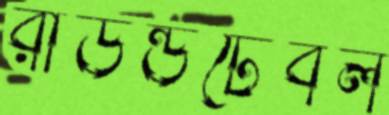
রাউন্ডটেবল